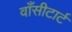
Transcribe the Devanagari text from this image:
वाँसीटार्ट